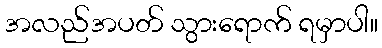
အလည်အပတ် သွားရောက် ရမှာပါ။